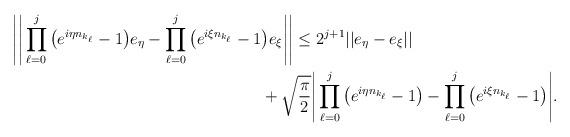
LaTeX: \begin{align*} \Bigg\vert\Bigg\vert \prod_{\ell=0}^j \big(e^{i\eta n_{k_\ell}}-1\big)e_\eta-\prod_{\ell=0}^j\big(e^{i\xi n_{k_\ell}}-1 &\big)e_\xi \Bigg\vert\Bigg\vert \le 2^{j+1}\vert\vert e_\eta-e_\xi\vert\vert\\&+\sqrt{\frac{\pi}{2}}\Bigg\vert \prod_{\ell=0}^j \big(e^{i\eta n_{k_\ell}}-1\big)-\prod_{\ell=0}^j\big(e^{i\xi n_{k_\ell}}-1\big) \Bigg\vert.\end{align*}